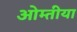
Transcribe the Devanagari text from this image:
ओम्तीया